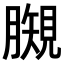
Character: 𧡯